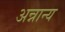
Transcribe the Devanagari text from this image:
अन्नान्य